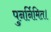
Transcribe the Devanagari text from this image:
पुनर्निमित।